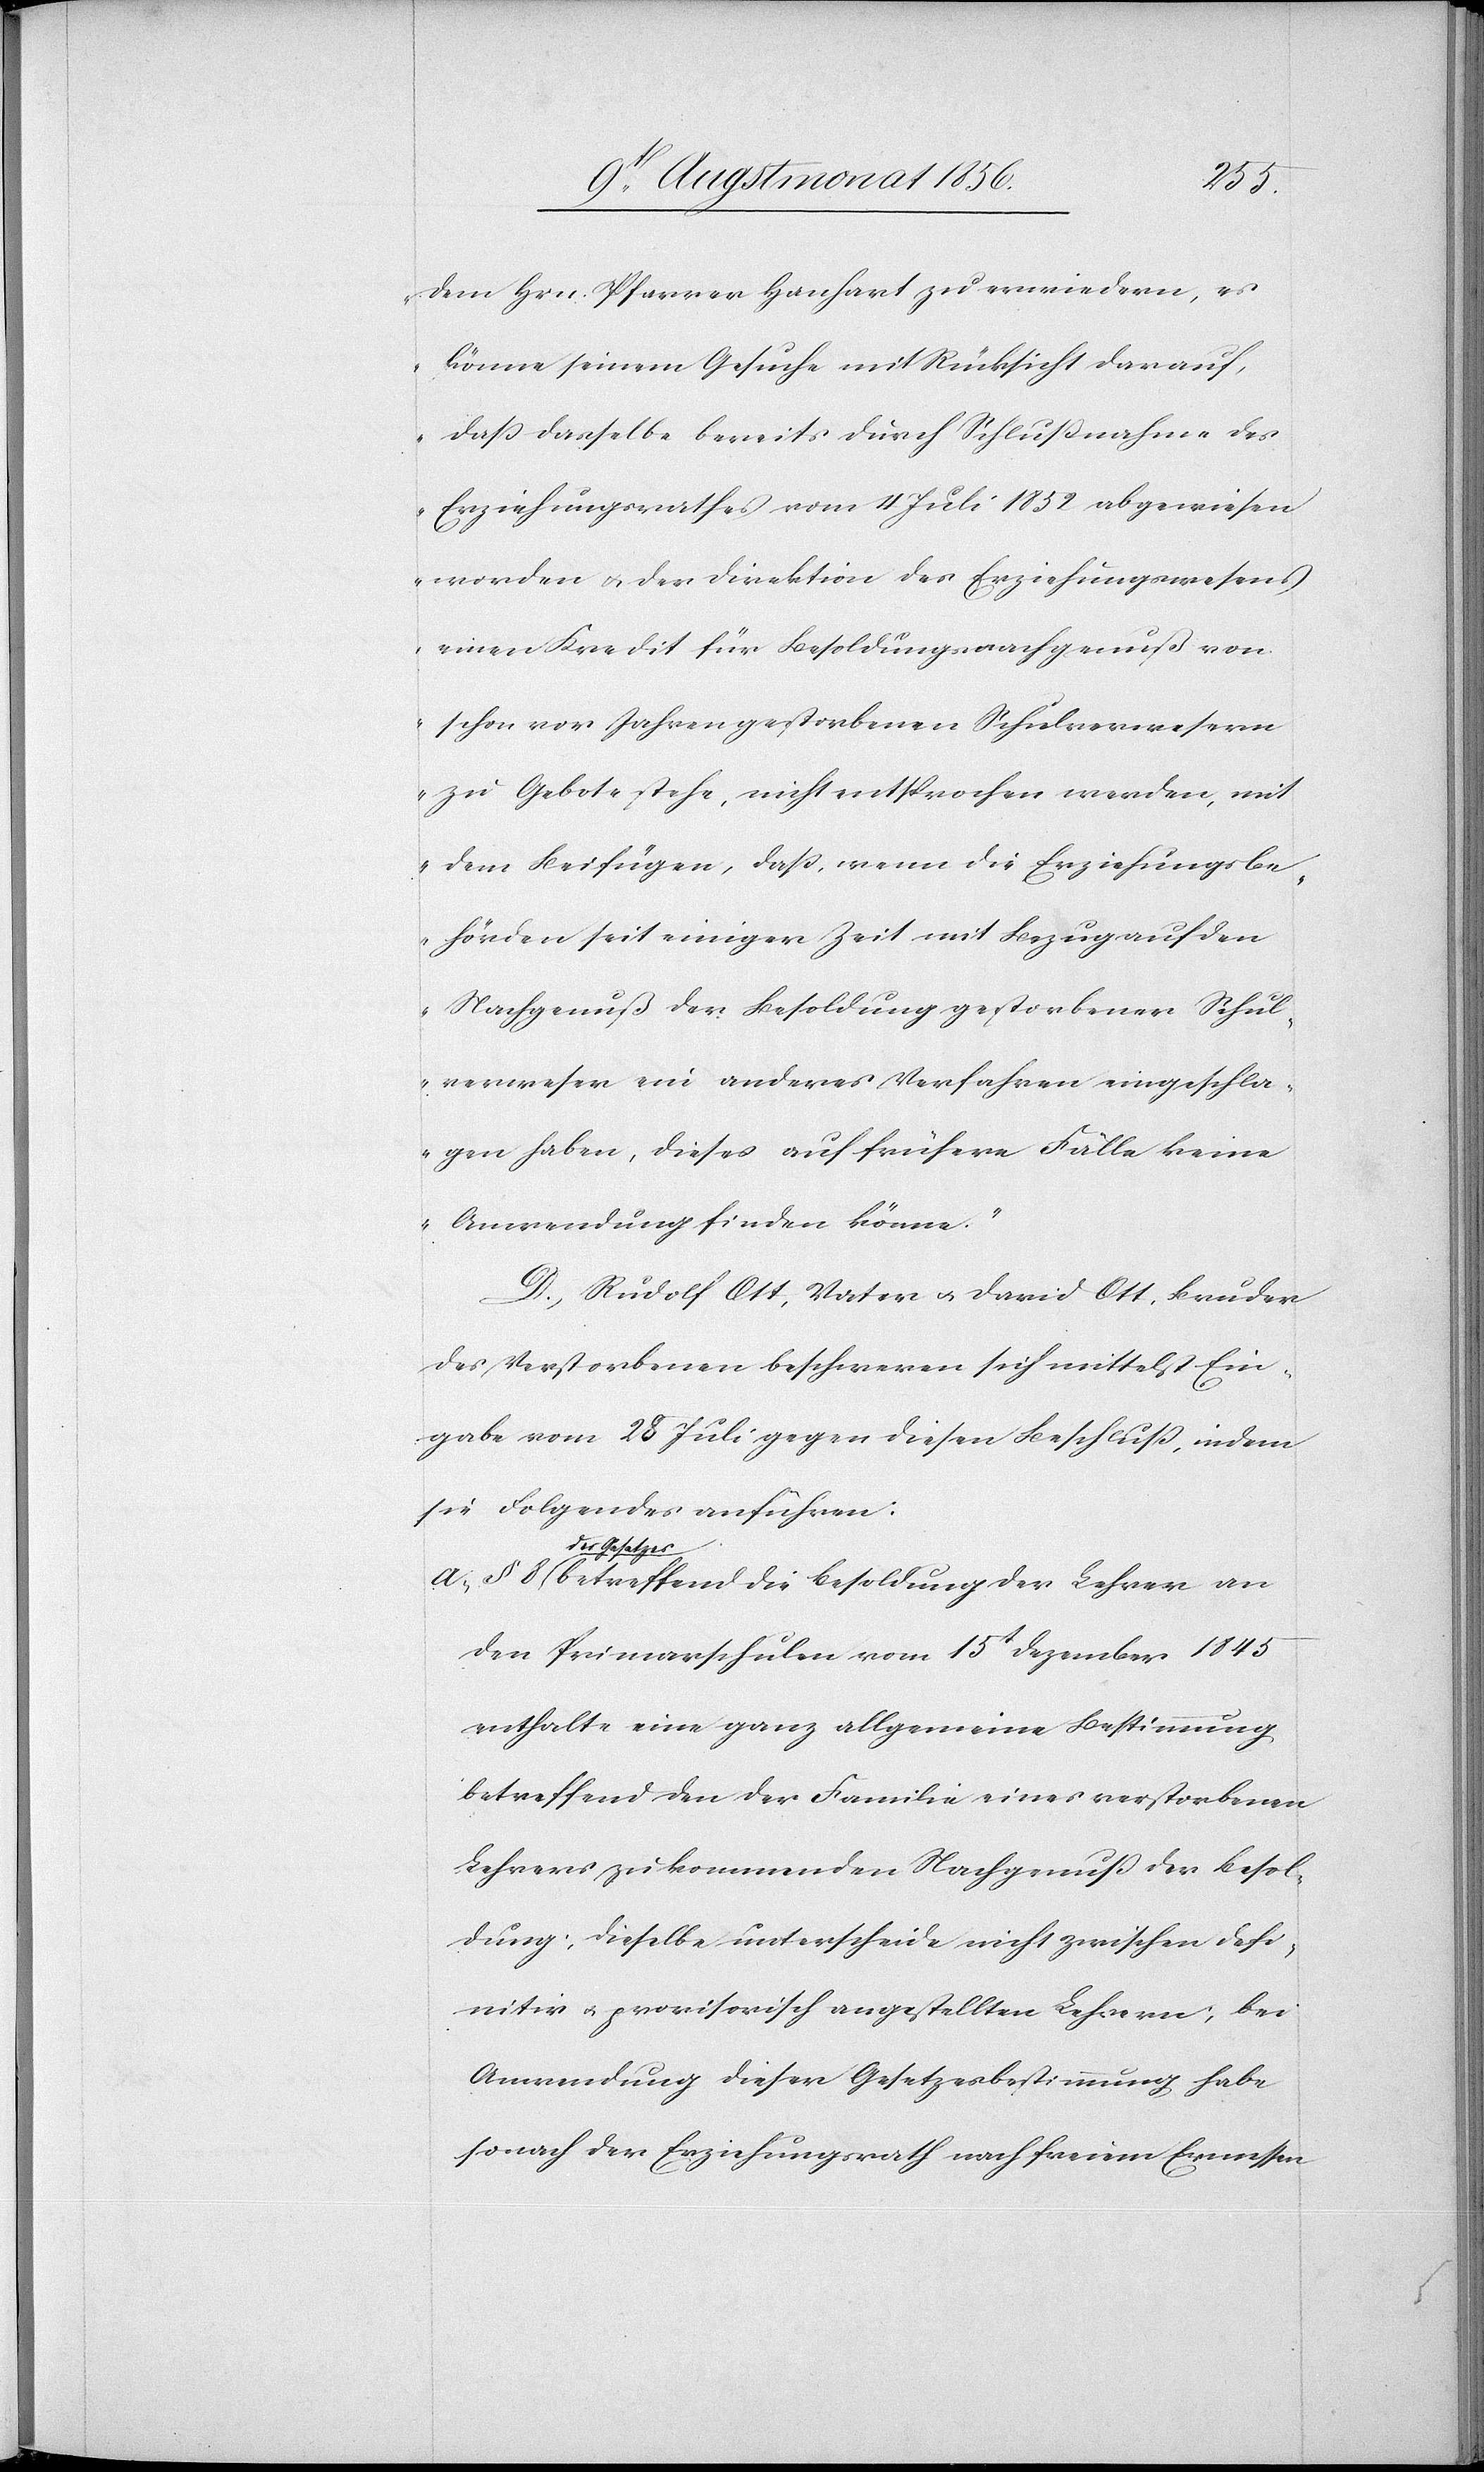
dem Hrn. Pfarrer Hanhart zu erwiedern, es
könne seinem Gesuche mit Rücksicht darauf,
dass dasselbe bereits durch Schlußnahme des
Erziehungsrathes vom 4 Juli 1852 abgewiesen
worden u. der Direktion des Erziehungswesens
einen Kredit für Besoldungsnachgenuß von
schon vor Jahren gestorbenen Schulverwesern
zu Gebote stehe, nicht entsprochen werden, mit
dem Beifügen, dass, wenn die Erziehungsbe¬
hörden seit einiger Zeit mit Bezug auf den
Nachgenuß der Besoldung gestorbener Schul¬
verweser ein anderes Verfahren eingeschla¬
gen haben, dieses auf frühere Fälle keine
Anwendung finden könne.”
D.) Rudolf Ott, Vater u. David Ott, Bruder
des Verstorbenen beschweren sich mittelst Ein¬
gabe vom 28 Juli gegen diesen Beschluss, indem
sie Folgendes anführen:
a-des Gesetzes-a
betreffend die Besoldung der Lehrer an
den Primarschulen vom 15t Dezember 1845
enthalte eine ganz allgemeine Bestimmung
betreffend den der Familie eines verstorbenen
Lehrers zukommenden Nachgenuß der Besol¬
dung; dieselbe unterscheide nicht zwischen defi¬
nitiv u. provisorisch angestellten Lehrern; bei
Anwendung dieser Gesetzesbestimmung habe
sonach der Erziehungsrath nach freiem Ermessen